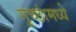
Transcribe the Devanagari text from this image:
गुच्छांमध्ये